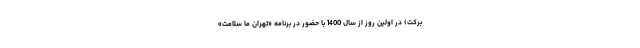
برکت) در اولین روز از سال 1400 با حضور در برنامه «تهران ما سلامت»